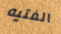
الفتيه